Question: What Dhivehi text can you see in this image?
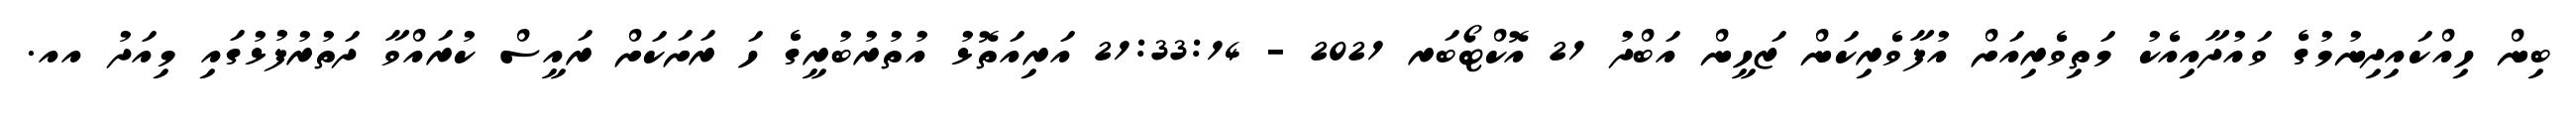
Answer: ބިން ހިއްކައިދިނުމުގެ ވައުދާއިއެކު މަތިވެރިއަށް އުފާވެރިކަން ޒަހީން އަބްދު 21 އޮކްޓޯބަރ 2021 - 21:33:14 އަރިއަތޮޅު އުތުރުބުރީގެ ހަ ރަށަކަށް ރައީސް ކުރައްވާ ދަތުރުފުޅުގައި މިއަދު އއ.